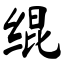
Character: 绲